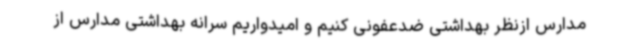
مدارس ازنظر بهداشتی ضدعفونی کنیم و امیدواریم سرانه بهداشتی مدارس از